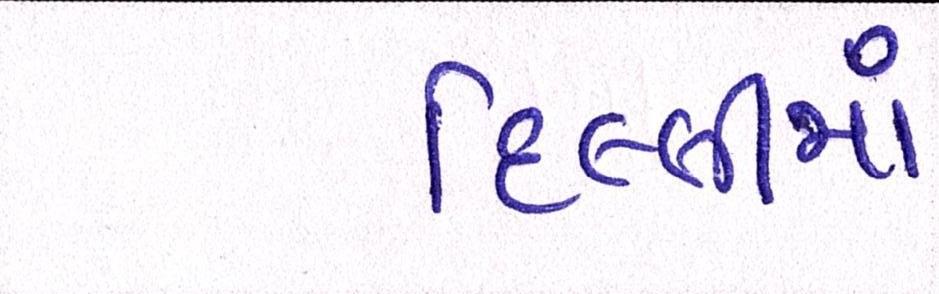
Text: દિલ્લીમાં